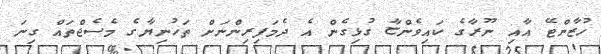
ހުޒާންޓޭ އާއި ނޫރާގެ ކައިވެންޏާ ގުޅިގެން އެ ދެމަފިރިންނަށް ތަހުނިޔާގެ މެސެޖްތައް ގިނަ